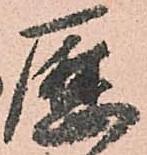
歴